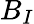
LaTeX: B_{I}